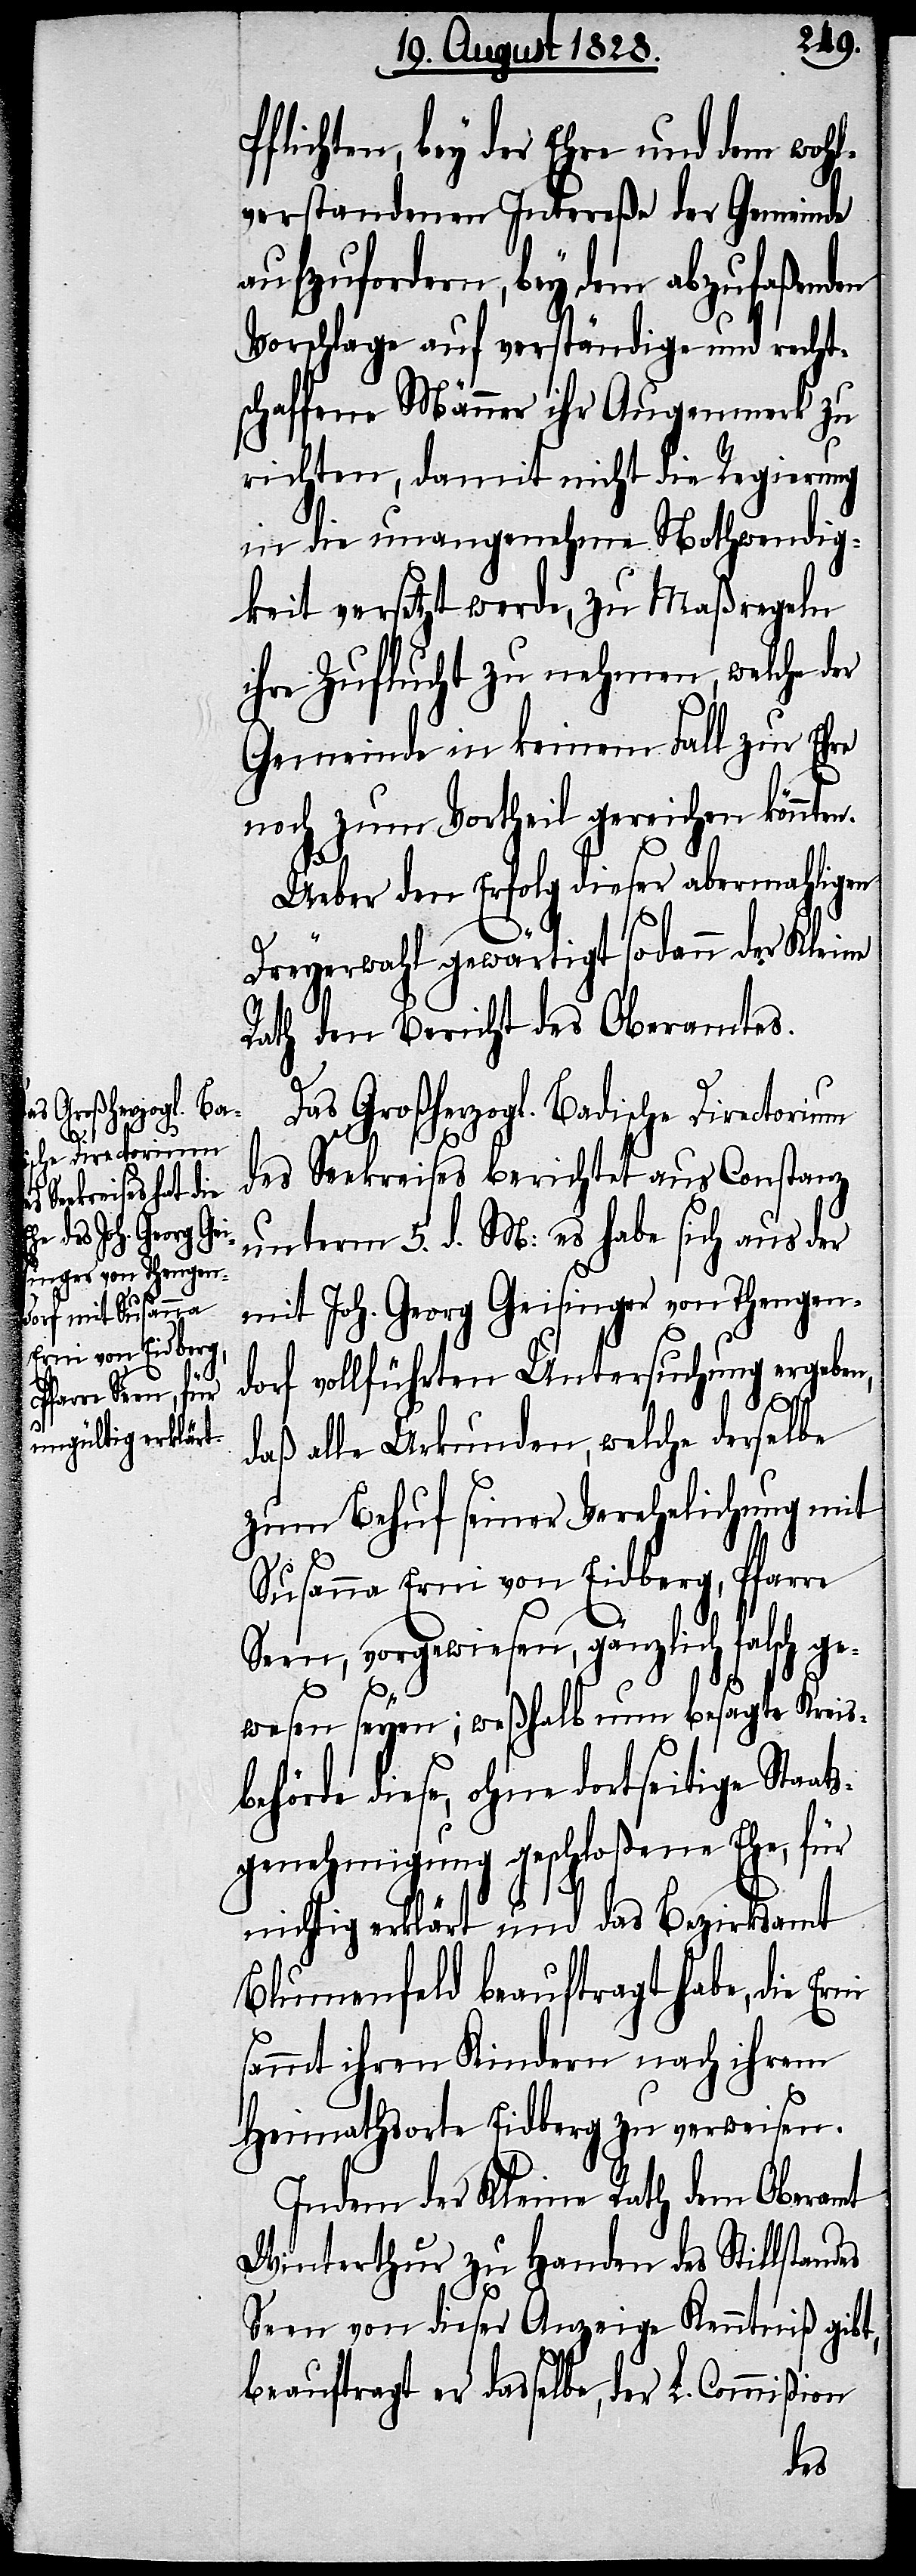
as Großherzogl. Bad¬
D¬
ische Directorium

Pflichten, bey der Ehre und dem wohl¬
verstandenen Intereße der Gemeinde
aufzufordern, bey dem abzufaßenden
Vorschlage auf verständige und recht¬
schaffene Männer ihr Augenmerk zu
richten, damit nicht die Regierung
in die unangenehmen Nothwendig¬
keit versetzt werde, zu Maßregeln
ihre Zuflucht zu nehmen, welche
Gemeinde in keinem Fall zu Ehre
noch zum Vortheil gereichen könnten.
Ueber den Erfolg dieser abermahligen
Dreyerwahl gewärtigt sodann der Kleine
Rath den Bericht des Oberamtes.
des Seekreises berichtet aus Constanz
unterm 5. d. M: es habe sich aus der
mit Joh. Georg Geisinger von Thengen¬
vollführten Untersuchung ergeben,
dorf
ts¬
ni
daß alle Urkunden, welche derselbe
zum Behuf seiner Verehelichung mit
Susanna Erni von Eidberg, Pfarre
Seen, vorgewiesen, gänzlich falsch ge¬
wesen seyen; weßhalb nun besagte Kreis¬
behörde diese, ohne dortseitige Staa¬
genehmigung geschloßene Ehe, für
nichtig erklärt und das Bezirksamt
Blumenfeld beauftragt habe, die Er¬
sammt ihren Kindern nach ihrem
Heimathsorte Eidberg zu verweisen.
Indem der Kleine Rath dem Oberamt
Winterthur zu Handen des Stillstandes
Seen von dieser Anzeige Kenntniß gibt,
beauftragt er dasselbe, der L. Commißion